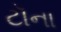
ટૉના